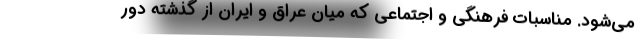
می‌شود. مناسبات فرهنگی و اجتماعی که میان عراق و ایران از گذشته دور